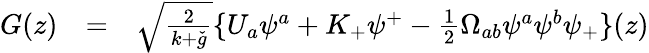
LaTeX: \begin{array}{lll}{{G(z)}}&{{=}}&{{\sqrt{\frac{2}{k+\check{g}}}\{ U_{a}\psi^{a}+K_{+}\psi^{+}-\frac{1}{2}\Omega_{ab}\psi^{a}\psi^{b}\psi_{+}\} (z)}}\end{array}